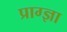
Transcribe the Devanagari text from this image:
प्राग्ज्ञा